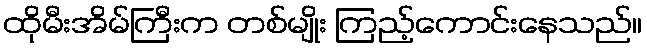
ထိုမီးအိမ်ကြီးက တစ်မျိုး ကြည့်ကောင်းနေသည်။